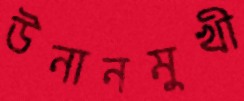
উনানমুখী